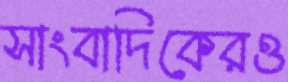
সাংবাদিকেরও